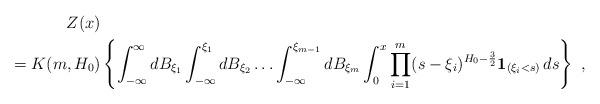
LaTeX: \begin{align*} Z(x)&\\= K(m, H_0) & \left\{ \int_{-\infty}^\infty dB_{\xi_1}\int_{-\infty}^{\xi_1} dB_{\xi_2} \ldots \int_{-\infty}^{\xi_{m-1}} dB_{\xi_m} \int_0^x \prod_{i=1}^m (s- \xi_i)^{H_0 - \frac{3}{2}}{\bf 1}_{(\xi_i < s)} \, ds \right\} \,\, , \end{align*}